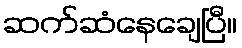
ဆက်ဆံနေချေပြီ။